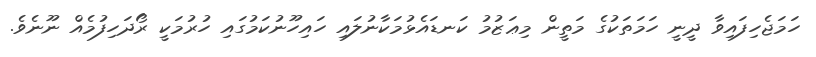
ހަމަޖެހިފައިވާ ދީނީ ހަމަތަކުގެ މަތީން މިޢަޒުމު ކަނޑައެޅުމަކާނުލައި ހައިހޫނުކަމުގައި ހުރުމަކީ ރޯދަހިފުމެއް ނޫނެވެ.